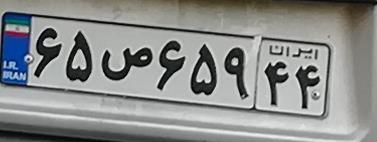
۶۵ص۶۵۹۴۴